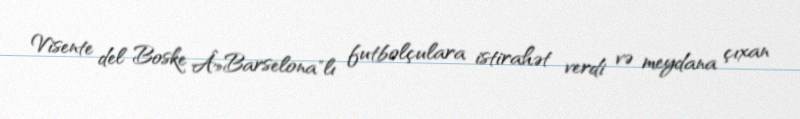
Visente del Boske Â»Barselona"lı futbolçulara istirahət verdi və meydana çıxan